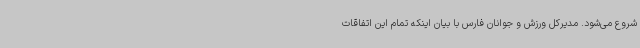
شروع می‌شود. مدیرکل ورزش و جوانان فارس با بیان اینکه تمام این اتفاقات